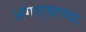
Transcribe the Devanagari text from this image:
अंगार्‍याच्या